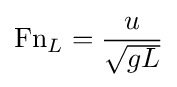
\mathrm {Fn} _{L}={\frac {u}{\sqrt {gL}}}